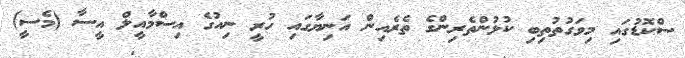
ސްކޮޑުގައި މިވަގުތުތިބި ކުޅުންތެރިންގެ ތެރެއިން އަނިޔާގައި ހުރީ ނިއުގެ އިސްމާއީލް އީސާ (މެސީ)